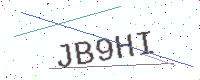
Text: JB9HI